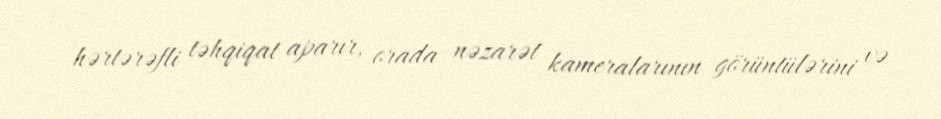
hərtərəfli təhqiqat aparır, orada nəzarət kameralarının görüntülərini və